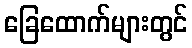
ခြေထောက်များတွင်